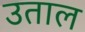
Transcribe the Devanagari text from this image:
उताल